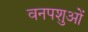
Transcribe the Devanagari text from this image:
वनपशुओं